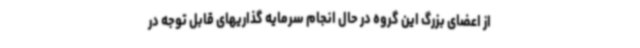
از اعضای بزرگ این گروه در حال انجام سرمایه گذاریهای قابل توجه در